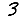
Digit: 3